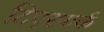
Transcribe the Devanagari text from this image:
टिएरपार्क